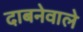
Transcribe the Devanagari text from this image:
दाबनेवाले